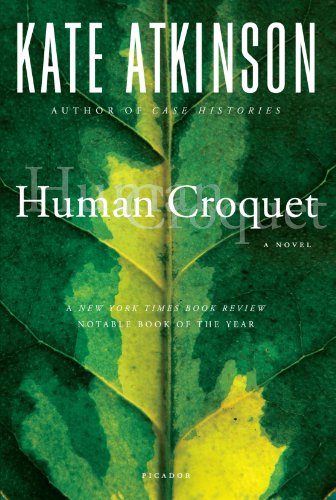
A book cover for Human Croquet: A Novel; Kate Atkinson; Literature & Fiction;